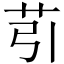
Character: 䒡